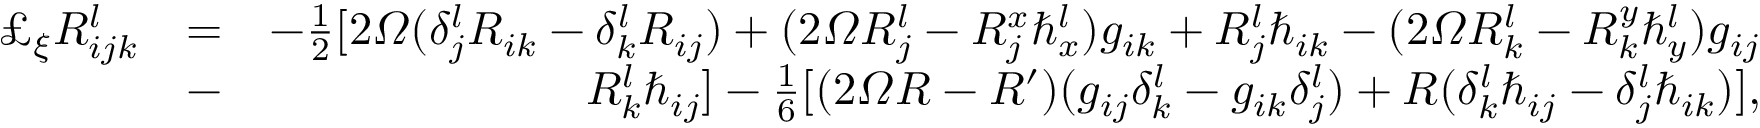
\begin{array} { r l r } { \pounds _ { \xi } R _ { i j k } ^ { l } } & { = } & { - \frac { 1 } { 2 } [ 2 \varOmega ( \delta _ { j } ^ { l } R _ { i k } - \delta _ { k } ^ { l } R _ { i j } ) + ( 2 \varOmega R _ { j } ^ { l } - R _ { j } ^ { x } \hbar _ { x } ^ { l } ) g _ { i k } + R _ { j } ^ { l } \hbar _ { i k } - ( 2 \varOmega R _ { k } ^ { l } - R _ { k } ^ { y } \hbar _ { y } ^ { l } ) g _ { i j } } \\ & { - } & { R _ { k } ^ { l } \hbar _ { i j } ] - \frac { 1 } { 6 } [ ( 2 \varOmega R - R ^ { \prime } ) ( g _ { i j } \delta _ { k } ^ { l } - g _ { i k } \delta _ { j } ^ { l } ) + R ( \delta _ { k } ^ { l } \hbar _ { i j } - \delta _ { j } ^ { l } \hbar _ { i k } ) ] , } \end{array}